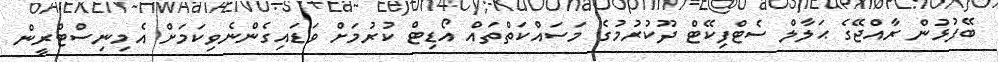
ބޭފުޅުން ރާއްޖޭގެ ޙަލާލް ސެޓްފިކޭޓް ދޫކުރުމުގެ މަސައްކަތްތައް އޯޑިޓް ކުރުމަށް ވަޑައިގެންނެވިކަމަށް އެމިނިސްޓްރީން